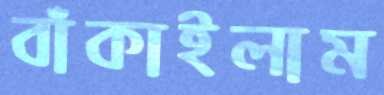
বাঁকাইলাম